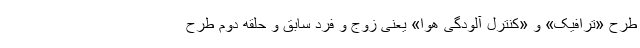
طرح «ترافیک» و «کنترل آلودگی هوا» یعنی زوج و فرد سابق و حلقه دوم طرح